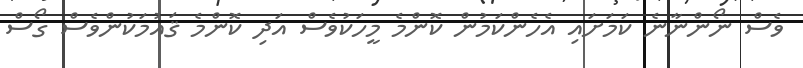
ވެސް ނޯންނާނެ ކަމަށައި އެހެންކަމުން ކޮންމެ މީހަކުވެސް އަދި ކޮންމެ ޤައުމަކުންވެސް ގޯސް